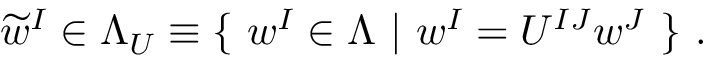
\widetilde { w } ^ { I } \in \Lambda _ { U } \equiv \{ \ w ^ { I } \in \Lambda \ | \ w ^ { I } = U ^ { I J } w ^ { J } \ \} \ .